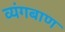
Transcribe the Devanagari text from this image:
व्यंगबाण